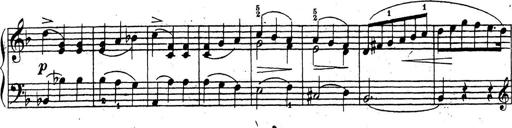
Title: 10 Sonatinas
Composer: Fritz Spindler